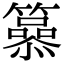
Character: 𥶟